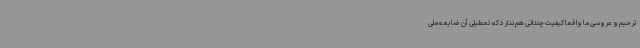
ترحیم و عروسی ما واقعا کیفیت چندانی هم ندارد که تعطیلی آن ضایعه ملی